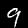
Label: 9